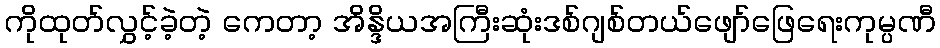
ကိုထုတ်လွှင့်ခဲ့တဲ့ ကေတာ့ အိန္ဒိယအကြီးဆုံးဒစ်ဂျစ်တယ်ဖျော်ဖြေရေးကုမ္ပဏီ